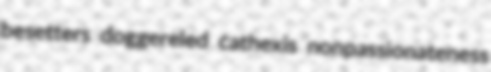
besetters doggereled cathexis nonpassionateness